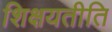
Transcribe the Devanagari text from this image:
शिक्षयतीति